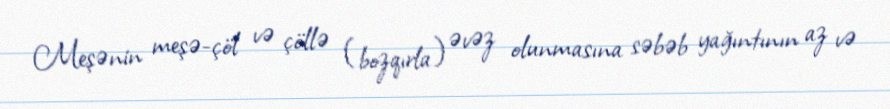
Meşənin meşə-çöl və çöllə (bozqırla) əvəz olunmasına səbəb yağıntının az və